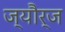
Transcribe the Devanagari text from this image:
ज्यौर्ज